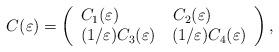
LaTeX: \begin{align*} C(\varepsilon)=\left(\begin{array}{l}C_{1}(\varepsilon)\ \ \ \ \ \ \ \ \ \ C_{2}(\varepsilon) \\(1/\varepsilon)C_{3}(\varepsilon)\ \ \ (1/\varepsilon)C_{4}(\varepsilon)\end{array}\right),\end{align*}